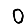
Digit: 0